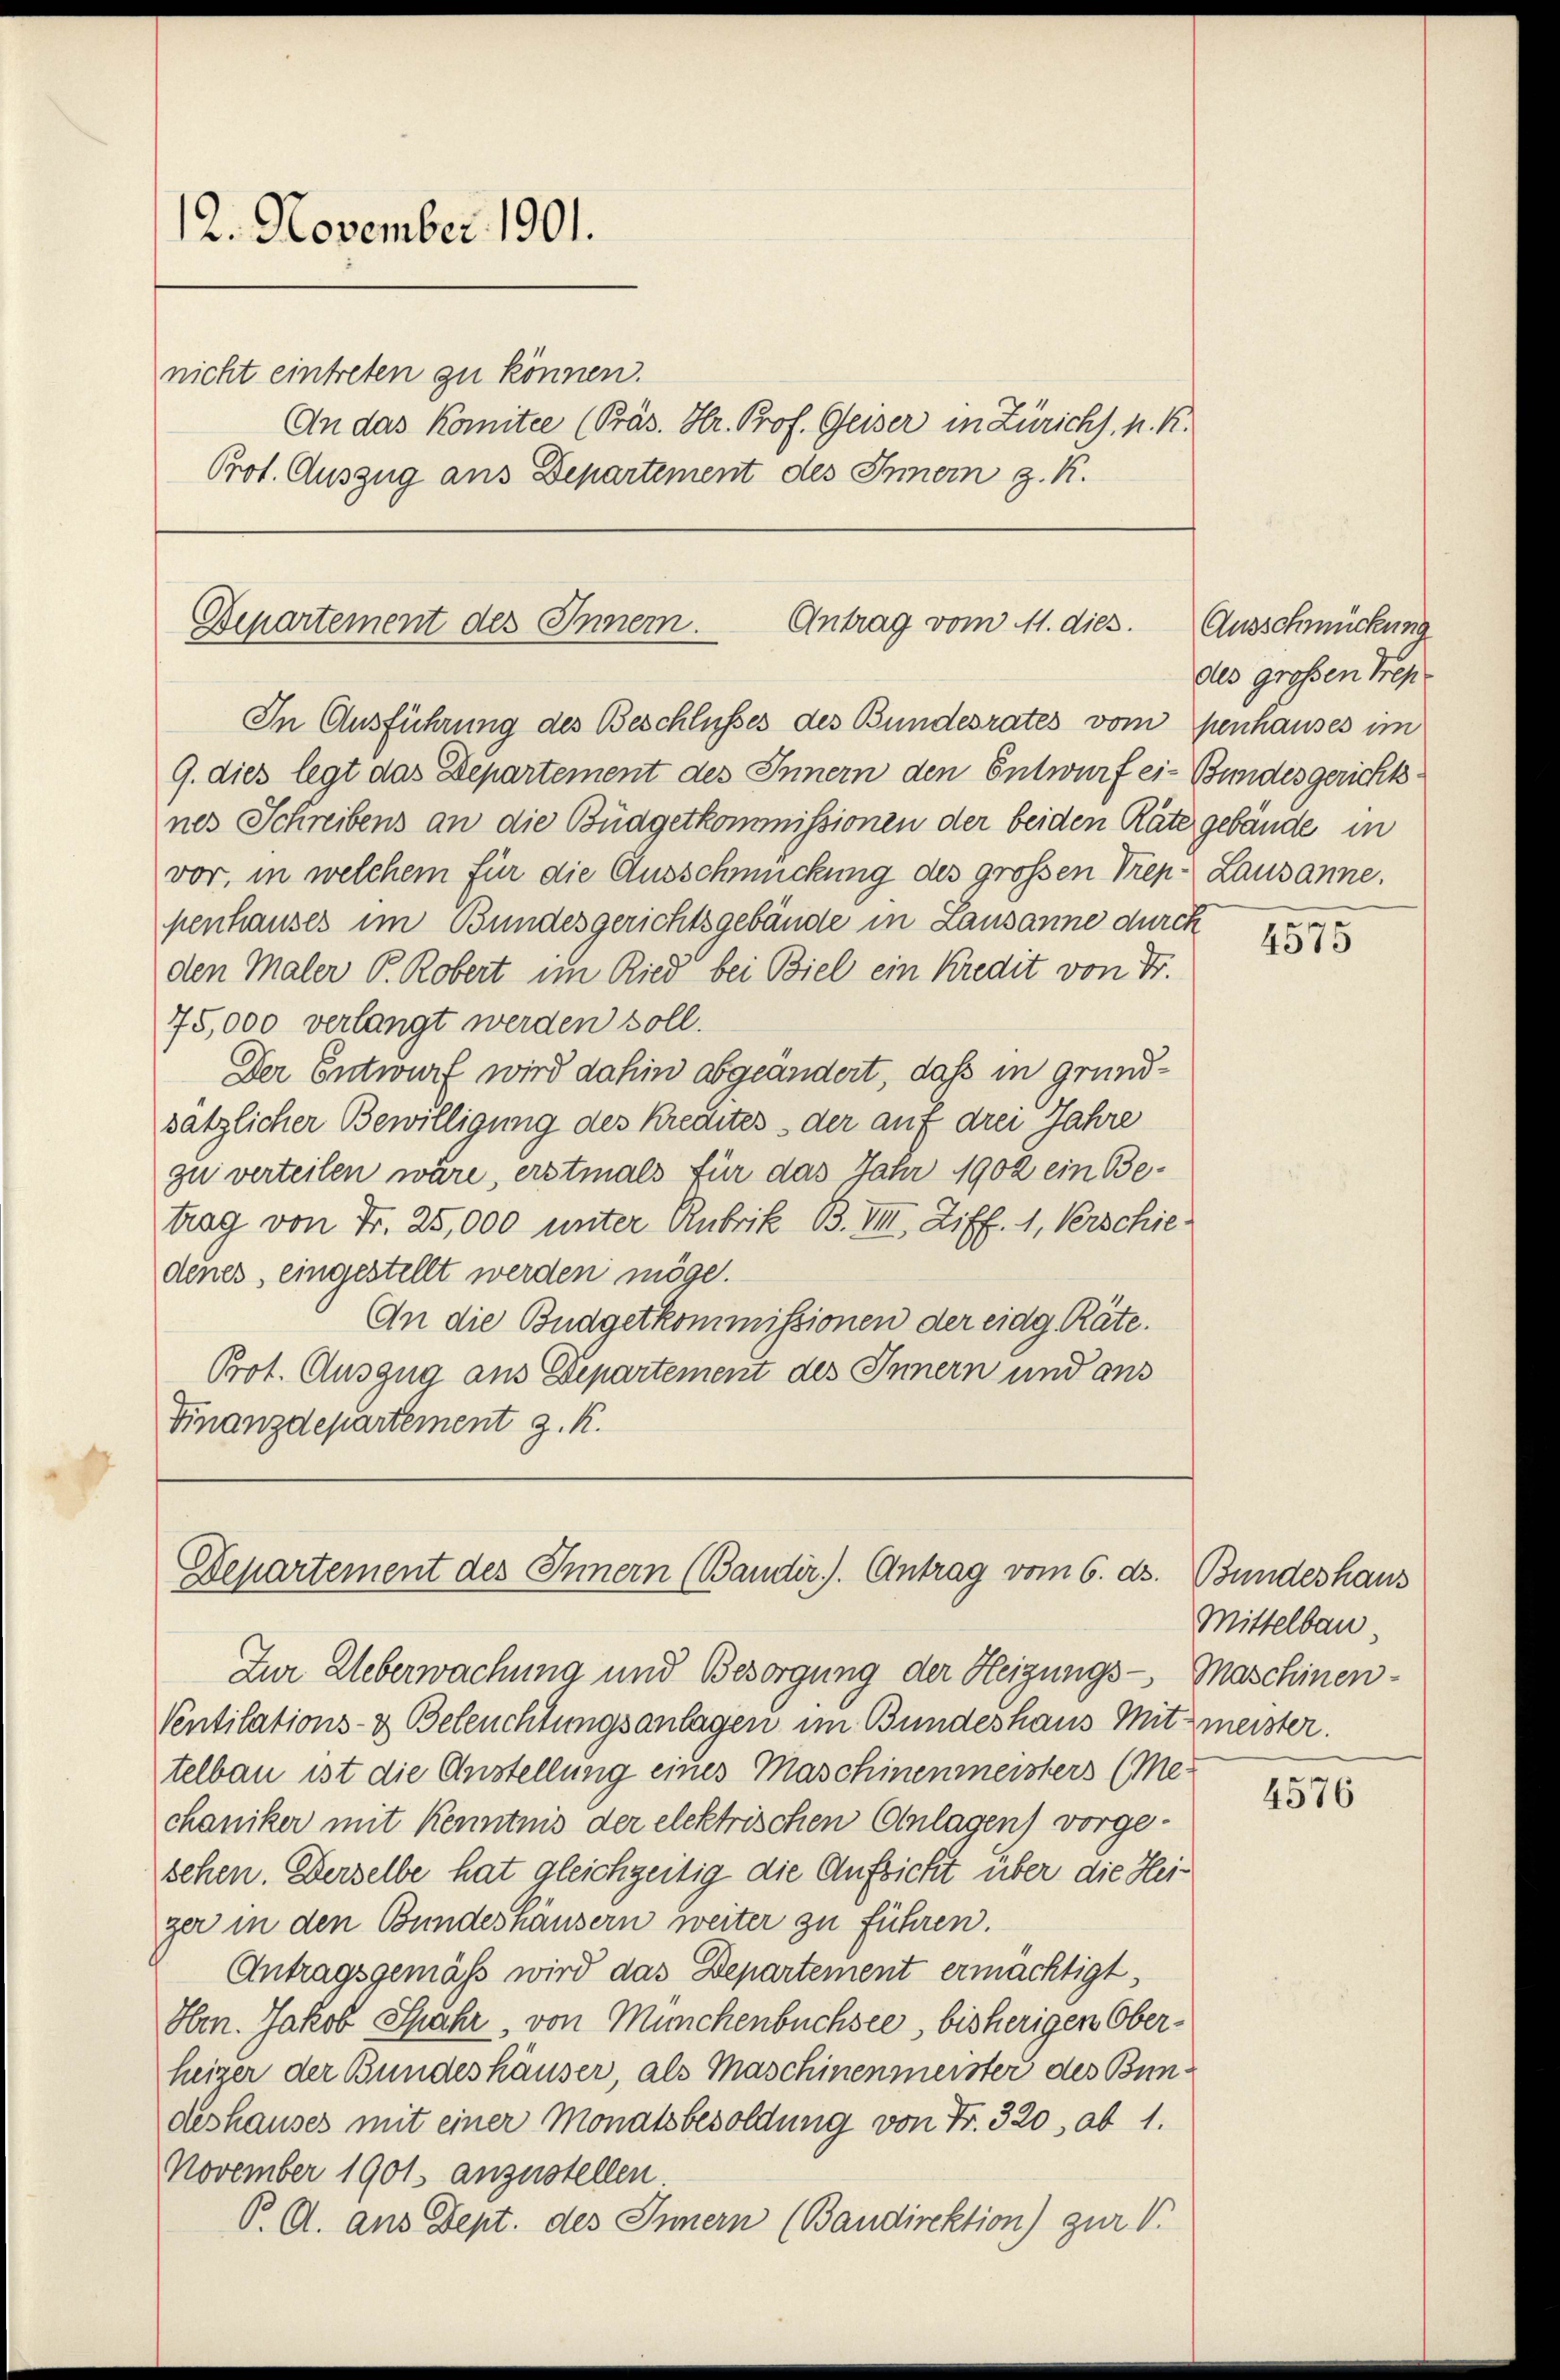
12. November 1901.
nicht eintreten zu können.
An das Komitee (Präs. Hr. Prof. Geiser in Zürichs. k. k.
Prot. Auszug aus Departement des Innern z. K.

Departement des Inner.
Antrag vom 11. dies. Ausschmückung
In Ausführung des Beschlusses des Bundesrates vom penhauses im

9. dies legt das Departement des Innern den Entwurf ei-Bundesgerichtsnes Schreibens an die Budgetkommissionen der beiden Räter gebäude in
vor, in welchem für die Ausschmückung des grossen Tren-Lausanne.
penhauses im Bundesgerichtsgebäude in Lausanne durch
den Maler P. Robert im Ried bei Biel ein Kredit von Fr.
75,000 verlangt werden soll.
Der Entwurf wird dahin abgeändert, daß in grundsätzlicher Bewilligung des Kredites der auf drei Jahre
zu verteilen wäre, erstmals für das Jahr 1902 ein Betrag von Fr. 25,000 unter Rubrik B. VIII. Ziff. 1, Verschiedenes, eingestellt werden möge.
An die Budgetkommissionen der eidg. Räte.
Prot. Auszug aus Departement des Innern und aus
Finanzdepartement z. K.

Departement des Innern (Bander). Antrag vom 6. ds.

Zur Ueberwachung und Besorgung der Heigungs- Maschinen-
Ventilations- & Beleuchtungsanlagen im Bundeshaus Mitmeister.
telbau ist die Anstellung eines Maschinenmeisters (Me-
chaniker mit Kenntnis der elektrischen Anlagen) vorgesehen. Derselbe hat gleichzeitig die Aufsicht über die Heiger in den Bundeshäusern weiter zu führen.
Antragsgemäss wird das Departement ermächtigt,
Hrn. Jakob Spuhr, von Münchenbüchsee, bisherigen Oberheiger der Bundeshäuser, als Maschinenmeister des Bundeshauses mit einer Monatsbesoldung von Fr. 320, ab 1.
November 1901 anzustellen.
P. A. ans Dept. des Innern (Bandirektion) zur V

des großen Trep

4575

Bundeshaus
Mittelbau

4576